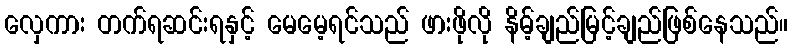
လှေကား တက်ရဆင်းရနှင့် မေမေ့ရင်သည် ဖားဖိုလို နိမ့်ချည်မြင့်ချည်ဖြစ်နေသည်။